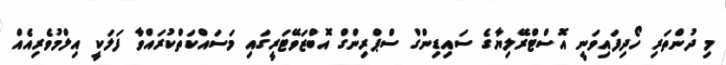
މި ދުންތަރި ހޯދިފައިވަނީ އޮސްޓްރޭލިޔާގެ ސައިޑިންގް ސްޕްރިންގް އޮބްޒަވޭޓަރީގައި މަސައްކަތްކުރައްވާ ފަލަކީ އިލްމުވެރިއެއް